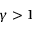
\gamma > 1